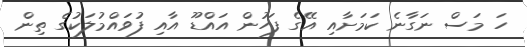
ހަ މަސް ނަގާނެ ކަމަށާއި އޭގެ ފަހުން އައްޑޫ އާއި ފުވައްމުލަކުގެ ތިން